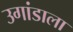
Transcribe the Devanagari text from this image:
उगांडाला